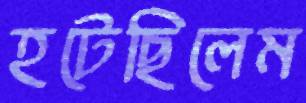
হটেছিলেম